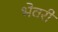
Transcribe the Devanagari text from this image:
भेवरी